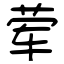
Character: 荤